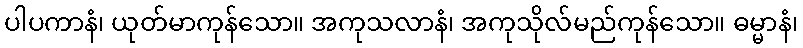
ပါပကာနံ၊ ယုတ်မာကုန်သော။ အကုသလာနံ၊ အကုသိုလ်မည်ကုန်သော။ ဓမ္မာနံ၊